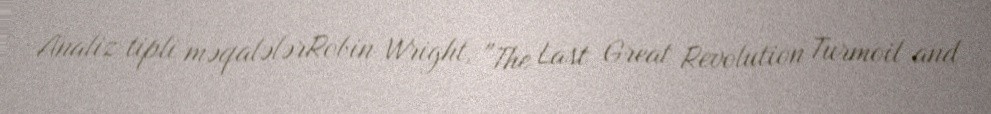
Analiz tipli məqalələrRobin Wright, "The Last Great Revolution Turmoil and